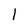
Character: 1